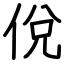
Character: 侻